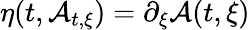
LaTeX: \eta(t,\mathcal{A}_{t,\xi})=\partial_{\xi}\mathcal{A}(t,\xi)